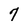
Character: 7